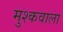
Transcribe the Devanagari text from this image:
मुश्कवाला